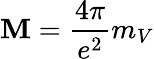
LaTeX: \mathbf{M}={\frac{{4\pi}}{{e^{2}}}}m_{V}